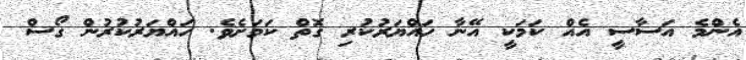
އެންމެ އަސާސީ އެއް ކަމަކީ އޭނާ ހައްޔަރުކުރި ގޮތް ކަމަށެވެ. ހައްޔަރުކުރުން ގޯސް